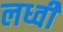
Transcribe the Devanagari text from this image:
लध्वी